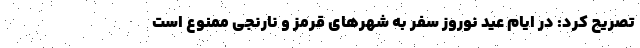
تصریح کرد: در ایام عید نوروز سفر به شهرهای قرمز و نارنجی ممنوع است